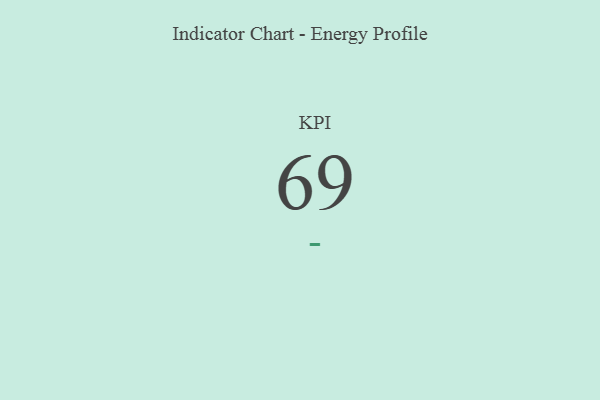
{"axis": {"x": "KPI", "y": "Value"}, "legend": [""], "data": [{"x": "KPI", "y": 69, "type": ""}]}